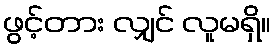
ဖွင့်တား လျှင် လူမရှိ။